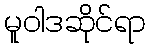
မူဝါဒဆိုင်ရာ